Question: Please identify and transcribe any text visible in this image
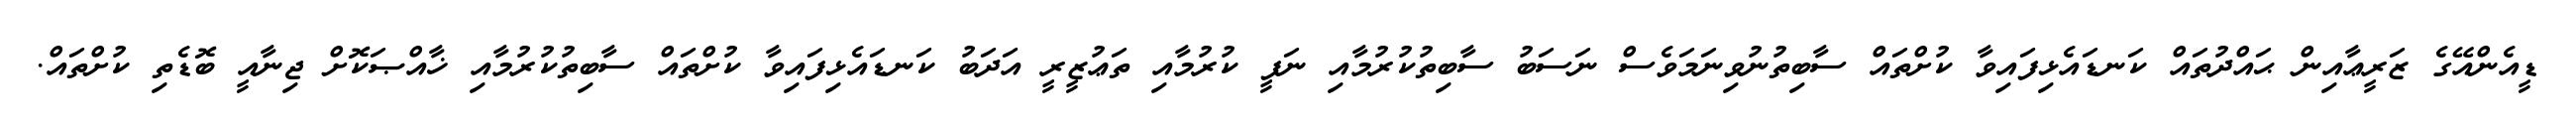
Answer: ޑީއެންއޭގެ ޒަރީޢާއިން ޙައްދުތައް ކަނޑައެޅިފައިވާ ކުށްތައް ސާބިތުނުވިނަމަވެސް ނަސަބު ސާބިތުކުރުމާއި ނަފީ ކުރުމާއި ތަޢުޒީރީ އަދަބު ކަނޑައެޅިފައިވާ ކުށްތައް ސާބިތުކުރުމާއި ޚާއްޞަކޮށް ޖިނާއީ ބޮޑެތި ކުށްތައް.